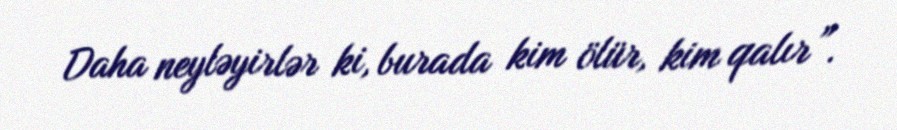
Daha neyləyirlər ki, burada kim ölür, kim qalır”.